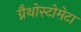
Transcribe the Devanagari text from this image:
ग्नैथोस्टोमेटा